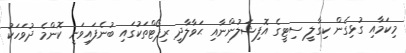
މިކަމާއި ގުޅިގެން ކިގާލީ ސިޓީގެ އޮފިޝަލުންނާއި ޙަވާލާދީ ރިޕޯޓްތަކުގައި ބުނެފައިވަނީ ކޮންމެ ދުވަހަކު